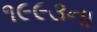
૧૯૯૩ના